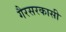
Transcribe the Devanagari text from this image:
गैरसरकासी